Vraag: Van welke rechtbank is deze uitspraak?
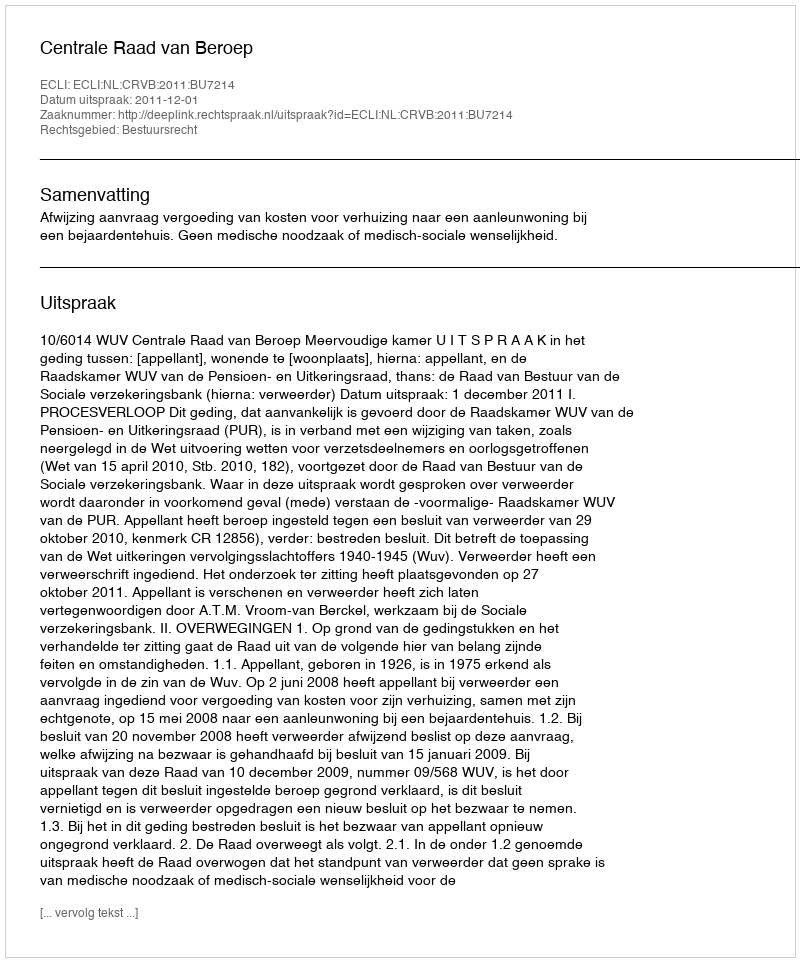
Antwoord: Centrale Raad van Beroep